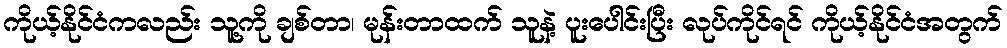
ကိုယ့်နိုင်ငံကလည်း သူ့ကို ချစ်တာ၊ မုန်းတာထက် သူနဲ့ ပူးပေါင်းပြီး လုပ်ကိုင်ရင် ကိုယ့်နိုင်ငံအတွက်